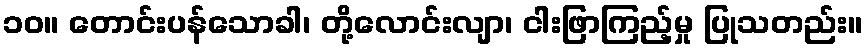
၁၀။ တောင်းပန်သောခါ၊ တို့လောင်းလျာ၊ ငါးဖြာကြည့်မှု ပြုသတည်း။